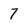
Character: 7